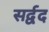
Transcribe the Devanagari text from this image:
सर्द्वद